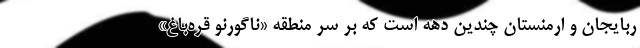
ربایجان و ارمنستان چندین دهه است که بر سر منطقه «ناگورنو قره‌باغ»